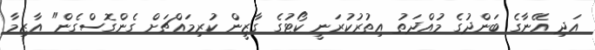
އަދި އޭނާގެ ބަންދުގެ މުއްދަތު އިތުރުކުރަނީ ކޯޓުގެ ގާޒީން ކުރިމައްޗަށް ގެންގޮސްގެން" އާޒިމާ